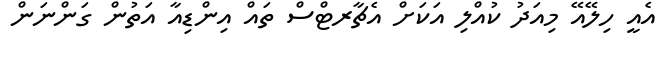
އެއީ ހިލޭއޭ މިއަދު ކުއްލި އަކަށް އެޗާރޓްސް ތައް އިންޑިއާ އަތުން ގަންނަން